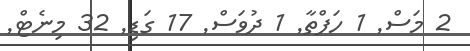
2 މަސް